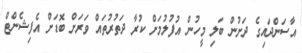
އާސަންދައިގެ ދަށުން ބަލި މީހުން އުފުލުމަށް ކުރާ ދަތުރުތައް ވަރަށް ބޮޑަށް އެފިޝެންޓް